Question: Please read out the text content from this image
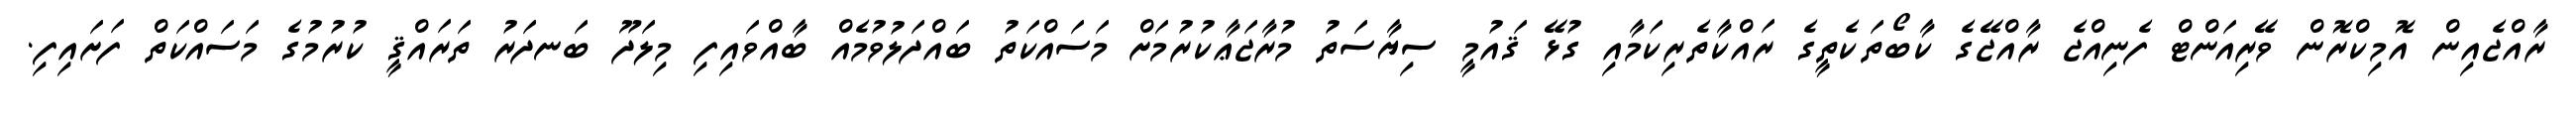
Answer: ރާއްޖެއިން އޮމިކްރޮން ވޭރިއަންޓް ފެނިއްޖެ ރާއްޖޭގެ ކާބޯތަކެތީގެ ރައްކާތެރިކަމާއި ގުޅޭ ޤައުމީ ސިޔާސަތު މުރާޖަޢާކުރުމަށް މަސައްކަތު ބައްދަލުވުމެއް ބާއްވައިފި މިލަދޫ ބަނދަރު ތަރައްޤީ ކުރުމުގެ މަސައްކަތް ފަށައިފި.